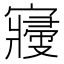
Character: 𡫒